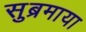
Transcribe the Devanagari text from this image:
सुब्रमाया